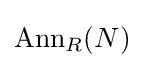
\mathrm {Ann} _{R}(N)